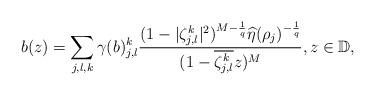
LaTeX: \begin{align*}b(z)=\sum_{j,l,k}\gamma(b)_{j,l}^{k}\frac{(1-|\zeta_{j,l}^{k}|^{2})^{M-\frac{1}{q}}\widehat{\eta}(\rho_{j})^{-\frac{1}{q}}}{(1-\overline{\zeta_{j,l}^{k}}z)^{M}},z\in\mathbb{D},\end{align*}